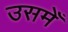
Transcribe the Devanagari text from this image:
उसमेँ